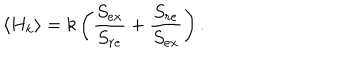
LaTeX: \langle H _ { k } \rangle = k \left( { \frac { S _ { e x } } { S _ { r e } } } + { \frac { S _ { r e } } { S _ { e x } } } \right) .